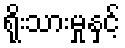
ရိုးသားမှုနှင့်